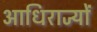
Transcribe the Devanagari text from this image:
आधिराज्यों